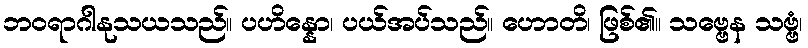
ဘဝရာဂါနုသယသည်။ ပဟိန္နော၊ ပယ်အပ်သည်။ ဟောတိ၊ ဖြစ်၏။ သဗ္ဗေန သဗ္ဗံ၊